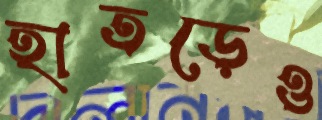
হাতড়েও